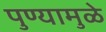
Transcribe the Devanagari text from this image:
पुण्यामुळे